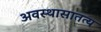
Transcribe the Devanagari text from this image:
अवस्थासातत्य